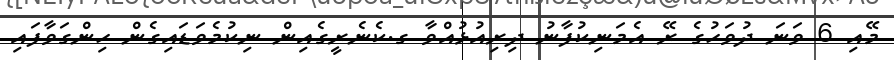
މޭއި 6 ވަނަ ދުވަހުގެ ރޭ އެމަނިކުފާނު ދިރިއުޅުއްވާ ގ.ކެނެރީގެއިން ނިކުމެވަޑައިގެން ހިންގަވާފައި